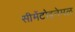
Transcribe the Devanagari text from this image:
सीमेंटोइनेमल